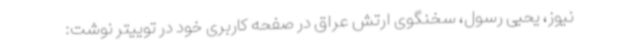
نیوز، یحیی رسول، سخنگوی ارتش عراق در صفحه کاربری خود در توییتر نوشت: